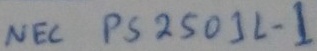
Text: NEC PS2501